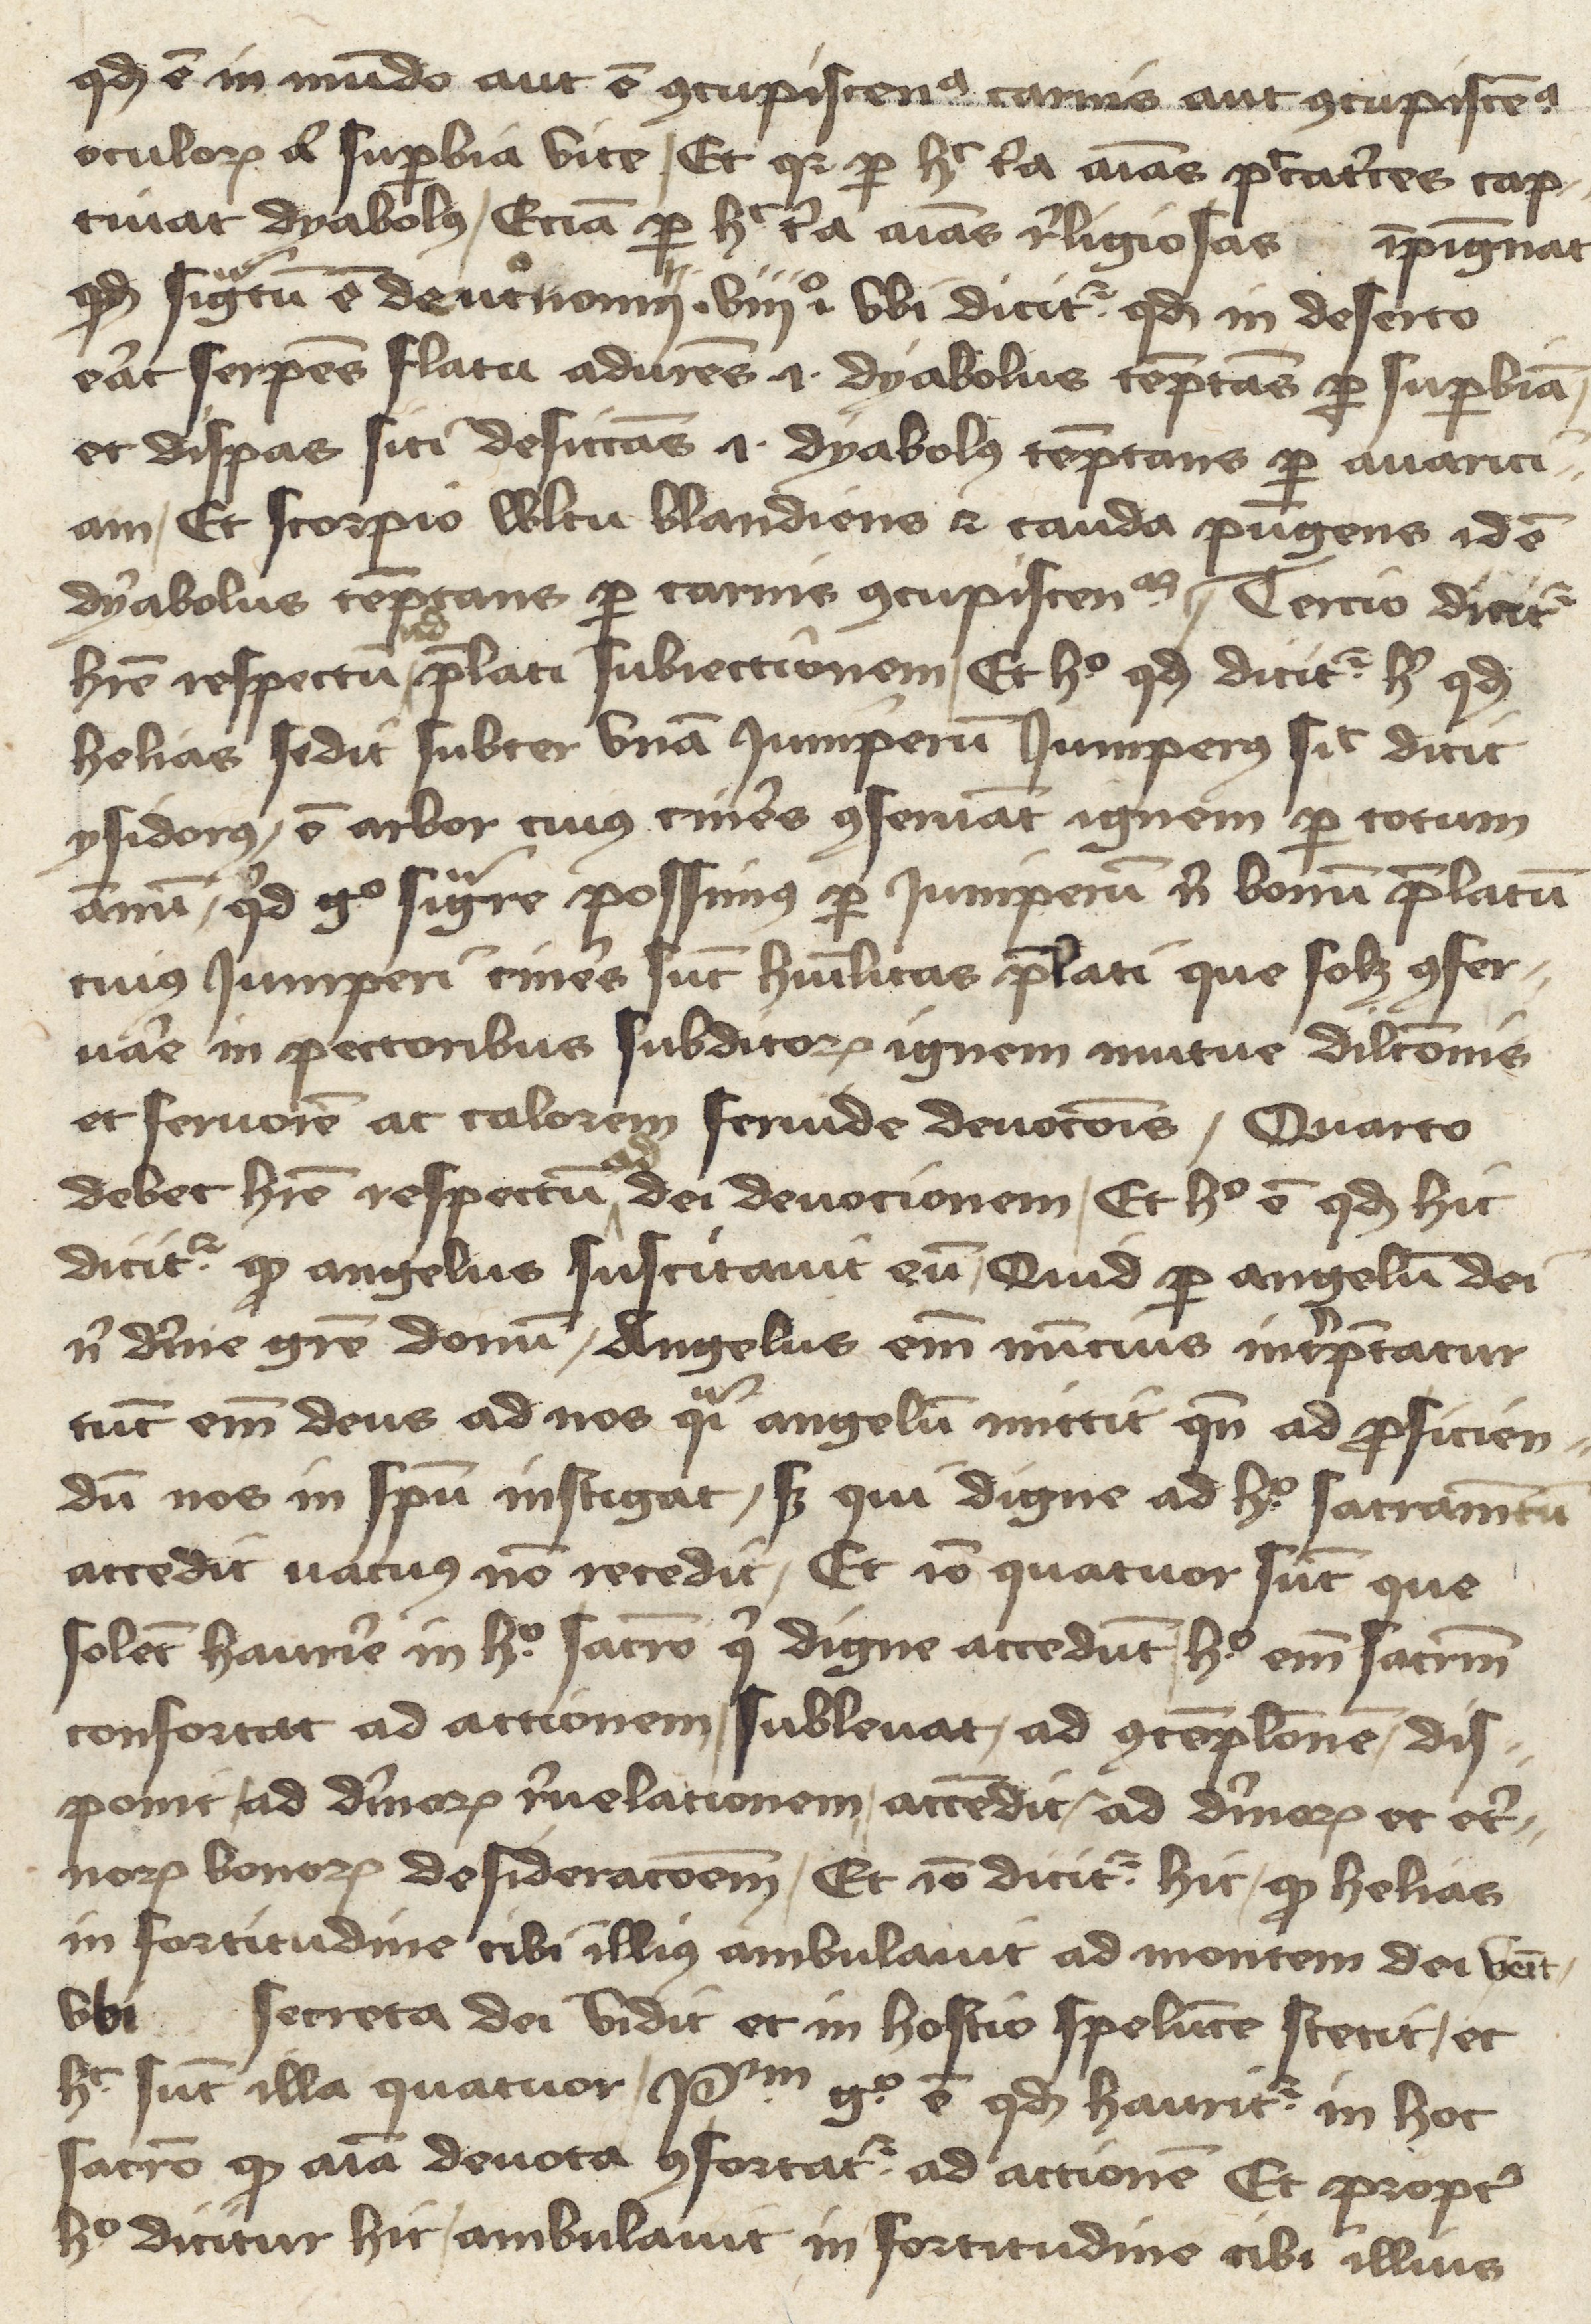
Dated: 1400–1430